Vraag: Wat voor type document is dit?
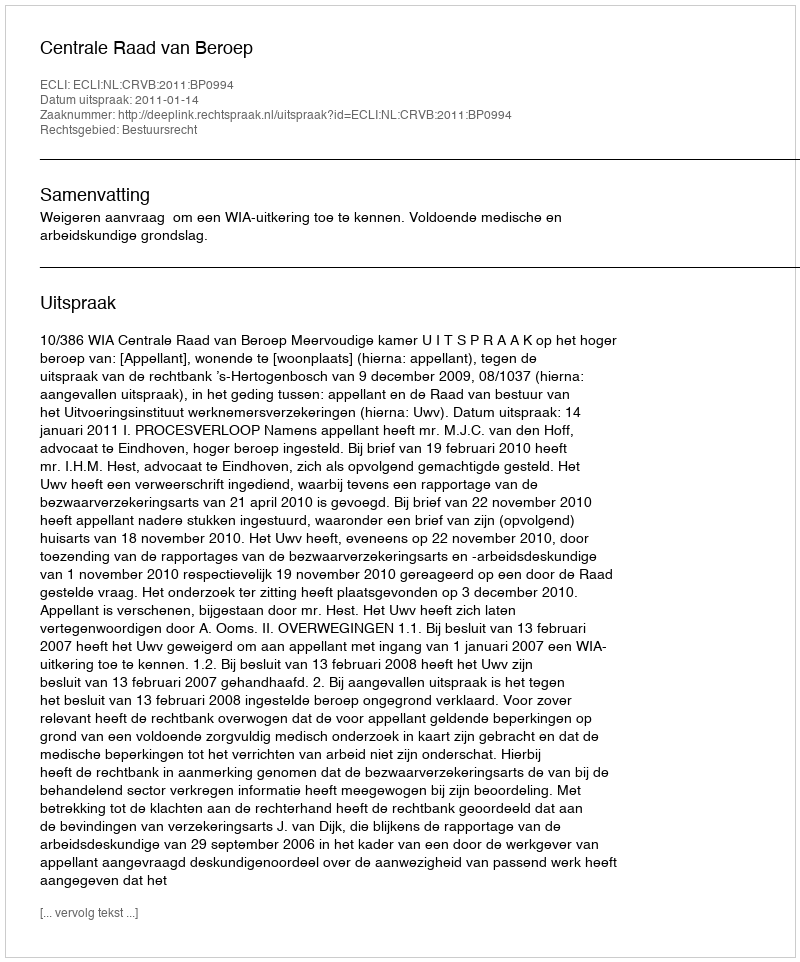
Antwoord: Uitspraak